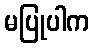
မပြုပါက